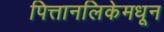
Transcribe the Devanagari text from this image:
पित्तानलिकेमधून